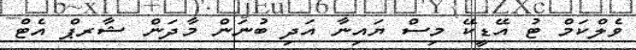
ވެލްކަމް ޓު އޭޑީކޭ މިސް ޔައިނާ އަދި ބުނަން މާދަން ޝާރޕް އެޓް